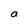
Character: a